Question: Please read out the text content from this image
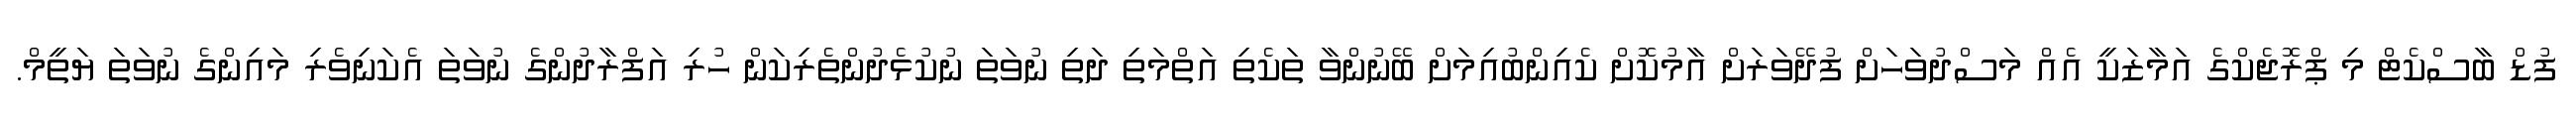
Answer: ފުޑް ބާސްކެޓް މި ޕްރޮޖެކްގެ އަމާޒަކީ އެއް މަސްދުވަހަށް ފުދޭވަރަށް އާމުކޮށް ކެއިންބުއިމަށް ބޭނުންވާ ތަކެތި އަތްމަތި ދަތި ނުވަތަ ނުކުޅެދުންތެރިކަން ހުރި އަފްރާދުންގެ ނުވަތަ އެކަނިވެރި މައިންގެ ނުވަތަ ޔަތީމް.